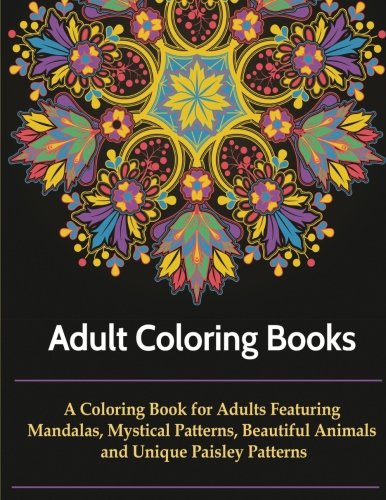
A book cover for Adult Coloring Books: A Coloring Books For Adults Featuring Mandalas, Mystical Designs, Beautiful Animals, Unique Paisley Patterns and So much More; Crafts, Hobbies & Home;